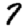
Digit: 7